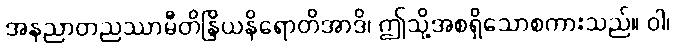
အနညာတညဿာမီတိန္ဒြိယနိရောတိအာဒိ၊ ဤသို့အစရှိသောစကားသည်။ ဝါ၊